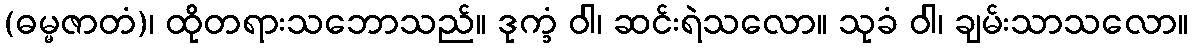
(ဓမ္မဇာတံ)၊ ထိုတရားသဘောသည်။ ဒုက္ခံ ဝါ၊ ဆင်းရဲသလော။ သုခံ ဝါ၊ ချမ်းသာသလော။